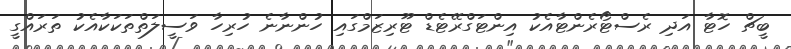
ބީޗް ހޮޓާ އަދި ރެސްޓޯރެންޓާއެކު އިންޓަގްރޭޓެޑް ޓޫރިޒަމްގައި ހުންނާނެ ހުރިހާ ވަސީލަތްތަކަކާއެކު ތަރައްގީ